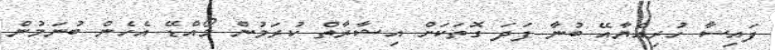
ފައިސާ ހުރިއްޔާއޭ ބުނާ ފަދަ ގޮތަކަށް އިޝާރާތް ކުރަމުން މޯއްޑޭ އެހެން ބުނަމުން